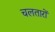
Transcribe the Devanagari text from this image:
चलतारों